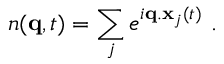
n ( \mathbf { q } , t ) = \sum _ { j } e ^ { i \mathbf { q } . \mathbf { x } _ { j } ( t ) } \ .